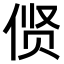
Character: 𫢲